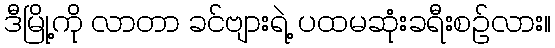
ဒီမြို့ကို လာတာ ခင်ဗျားရဲ့ ပထမဆုံးခရီးစဉ်လား။